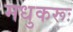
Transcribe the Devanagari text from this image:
मधुकरूः